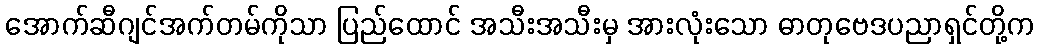
အောက်ဆီဂျင်အက်တမ်ကိုသာ ပြည်ထောင် အသီးအသီးမှ အားလုံးသော ဓာတုဗေဒပညာရှင်တို့က